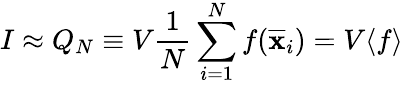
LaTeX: I\approx Q_{N}\equiv V{\frac{1}{N}}\sum_{i=1}^{N}f({\overline{{\mathbf{x}}}}_{i})=V\langle f\rangle